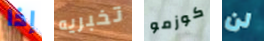
إذا تخبريه كوزمو لن